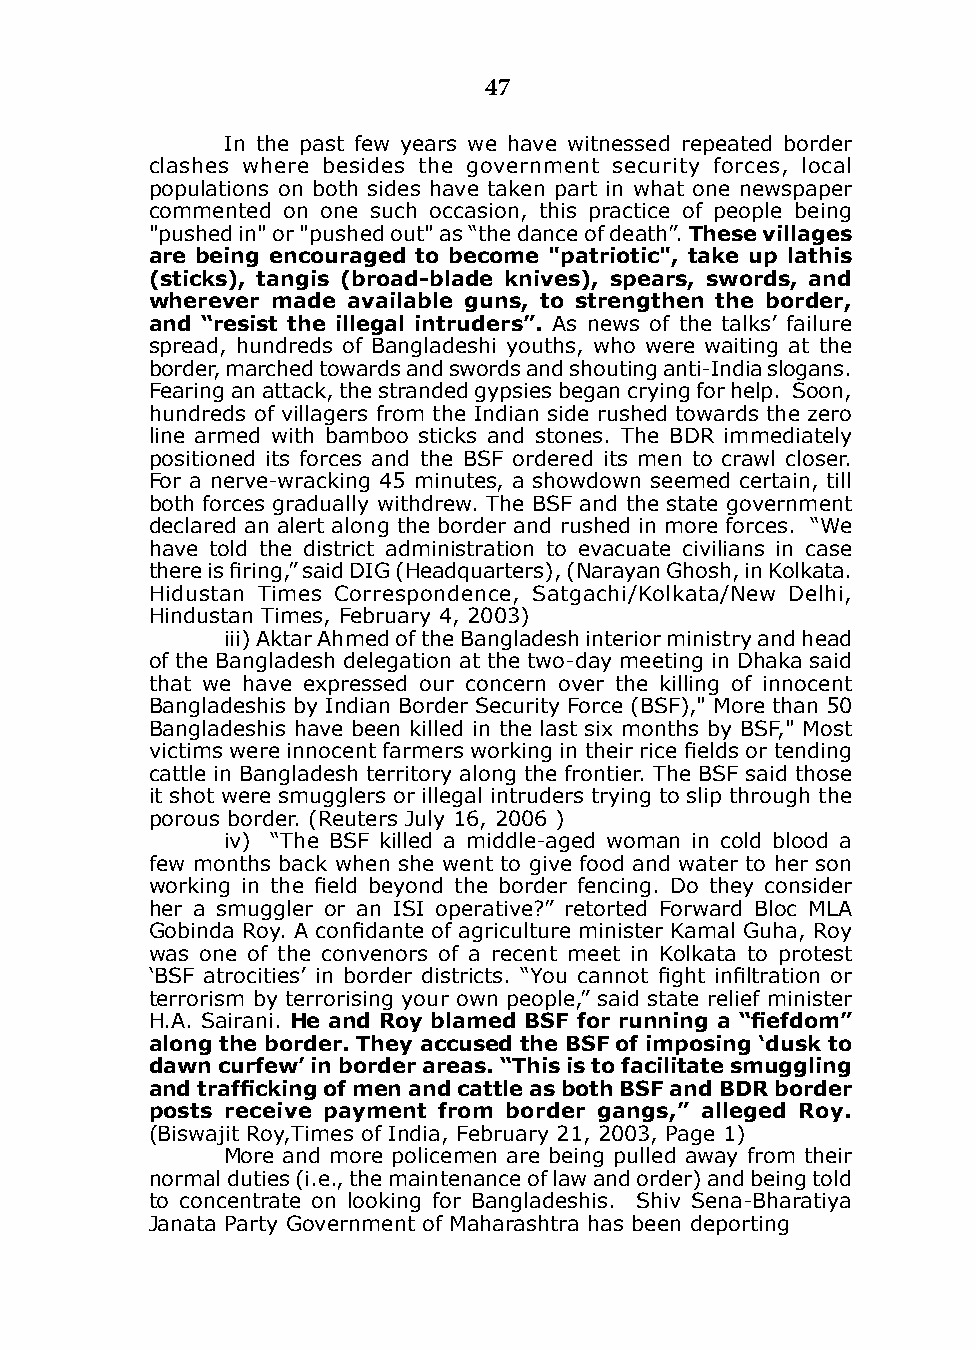
47
 in the past few years we have witnessed repeated border
 clashes where besides the government security forces, local
 populations on both sides have taken part in what one newspaper
 commented on one such occasion, this practice of people being
 "pushed in" or "pushed out" as “the dance of death”. These villages
 are being encouraged to become "patriotic", take up lathis
 (sticks), tangis (broad-blade knives), spears, swords, and
 wherever made available guns, to strengthen the border,
 and “resist the illegal intruders”. As news of the talks’ failure
 spread, hundreds of Bangladeshi youths, who were waiting at the
 border, marched towards and swords and shouting anti-india slogans.
 Fearing an attack, the stranded gypsies began crying for help. Soon,
 hundreds of villagers from the indian side rushed towards the zero
 line armed with bamboo sticks and stones. The BdR immediately
 positioned its forces and the BSF ordered its men to crawl closer.
 For a nerve-wracking 45 minutes, a showdown seemed certain, till
 both forces gradually withdrew. The BSF and the state government
 declared an alert along the border and rushed in more forces. “We
 have told the district administration to evacuate civilians in case
 there is firing,” said DIG (Headquarters), (Narayan Ghosh, in Kolkata.
 Hidustan Times Correspondence, Satgachi/kolkata/New delhi,
 Hindustan Times, February 4, 2003)
 iii) Aktar Ahmed of the Bangladesh interior ministry and head
 of the Bangladesh delegation at the two-day meeting in dhaka said
 that we have expressed our concern over the killing of innocent
 Bangladeshis by indian Border Security Force (BSF)," More than 50
 Bangladeshis have been killed in the last six months by BSF," Most
 victims were innocent farmers working in their rice fields or tending
 cattle in Bangladesh territory along the frontier. The BSF said those
 it shot were smugglers or illegal intruders trying to slip through the
 porous border. (Reuters July 16, 2006 )
 iv) “The BSF killed a middle-aged woman in cold blood a
 few months back when she went to give food and water to her son
 working in the field beyond the border fencing. Do they consider
 her a smuggler or an iSi operative?” retorted Forward Bloc MLA
 Gobinda Roy. A confidante of agriculture minister Kamal Guha, Roy
 was one of the convenors of a recent meet in kolkata to protest
 ‘BSF atrocities’ in border districts. “You cannot fight infiltration or
 terrorism by terrorising your own people,” said state relief minister
 H.A. Sairani. He and Roy blamed BSF for running a “fiefdom”
 along the border. They accused the BsF of imposing ‘dusk to
 dawn curfew’ in border areas. “This is to facilitate smuggling
 and trafficking of men and cattle as both BSF and BDR border
 posts receive payment from border gangs,” alleged Roy.
 (Biswajit Roy,Times of india, February 21, 2003, Page 1)
 More and more policemen are being pulled away from their
 normal duties (i.e., the maintenance of law and order) and being told
 to concentrate on looking for Bangladeshis. Shiv Sena-Bharatiya
 Janata Party Government of Maharashtra has been deporting